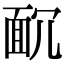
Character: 𩈌